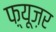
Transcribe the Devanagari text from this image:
फ़्यूज़र